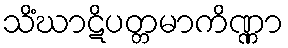
သိံဃာဋိပတ္တမာကိဏ္ဏာ